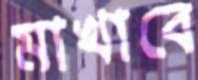
মাখাবে